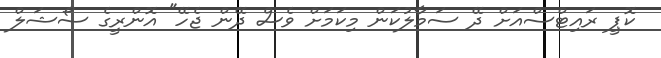
ކޮޕީ ރައިޓްސްއަށް ދޭ ސަމާލުކަން މިކަމަށް ވެސް ދޭން ޖެހޭ" އޮންރީގެ ސޯޝަލް